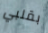
بقلبي